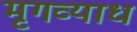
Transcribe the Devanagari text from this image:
मृगव्याध